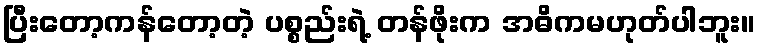
ပြီးတော့ကန်တော့တဲ့ ပစ္စည်းရဲ့ တန်ဖိုးက အဓိကမဟုတ်ပါဘူး။